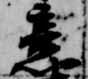
意